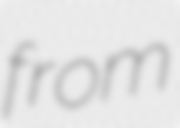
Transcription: from